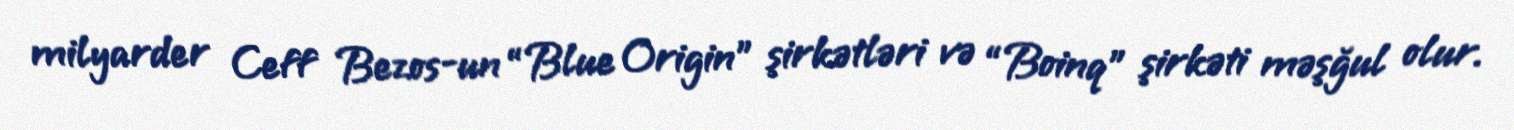
milyarder Ceff Bezos-un “Blue Origin” şirkətləri və “Boinq” şirkəti məşğul olur.